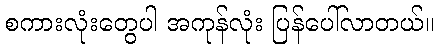
စကားလုံးတွေပါ အကုန်လုံး ပြန်ပေါ်လာတယ်။